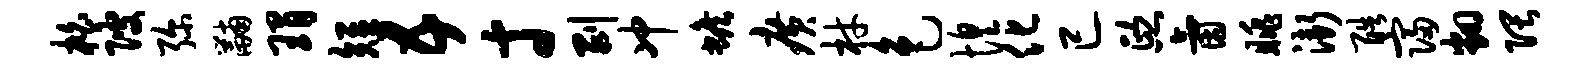
柏陂弥黼瑁短五寸剥冲蟾广材色惶化已熙氤眺渐酷寝翻隈